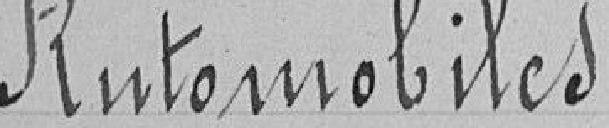
Automobiles